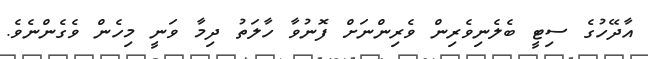
އާދޭހުގެ ސިޓީ ބެލެނިވެރިން ވެރިންނަށް ފޮނުވާ ހާލަތު ދިމާ ވަނީ މިހެން ވެގެންނެވެ.